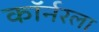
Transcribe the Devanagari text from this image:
काॅर्नरला